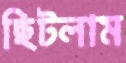
ছিটলাম